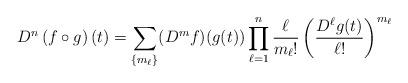
LaTeX: \begin{align*}D^{n} \left( f \circ g \right) \left( t \right)= \sum_{\left\{ m_{\ell} \right\}} (D^{m} f) (g(t))\prod_{\ell=1}^{n} \dfrac{\ell}{m_{\ell}!} \left( \dfrac{D^{\ell}g(t)}{\ell!} \right)^{m_{\ell}}\end{align*}